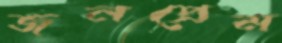
জনপ্রেম